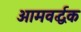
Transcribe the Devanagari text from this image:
आमवर्द्धक